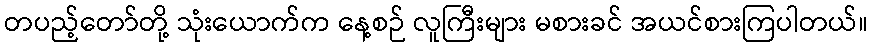
တပည့်တော်တို့ သုံးယောက်က နေ့စဉ် လူကြီးများ မစားခင် အယင်စားကြပါတယ်။